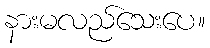
နားမလည်သေးပေ။